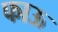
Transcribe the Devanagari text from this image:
फाऊ